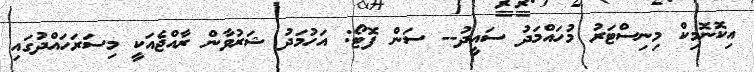
އިކޮނޮމިކް މިނިސްޓަރު މުހައްމަދު ސައީދު-- ސަން ފޮޓޯ: އަހުމަދު ޝަރުވާން ރާއްޖެއަކީ މިސަރަހައްދުގައި